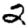
Digit: 2